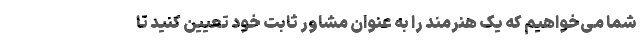
شما می‌خواهیم که یک هنرمند را به عنوان مشاور ثابت خود تعیین کنید تا